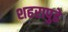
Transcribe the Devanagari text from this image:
शहरापुढे